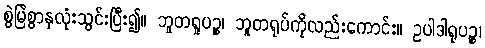
စွဲမြဲစွာနှလုံးသွင်းပြီး၍။ ဘူတရူပဉ္စ၊ ဘူတရုပ်ကိုလည်းကောင်း။ ဥပါဒါရုပဉ္စ၊